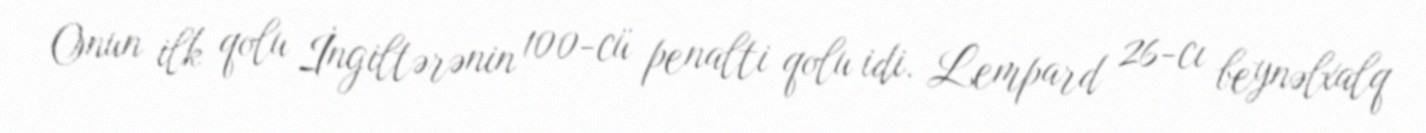
Onun ilk qolu İngiltərənin 100-cü penalti qolu idi. Lempard 26-cı beynəlxalq